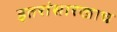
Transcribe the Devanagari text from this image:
इतरांसारखाच